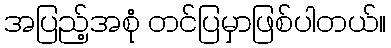
အပြည့်အစုံ တင်ပြမှာဖြစ်ပါတယ်။